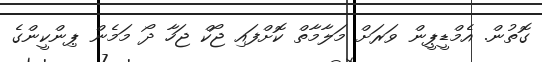
ގޮތުން. އެމްޑީޕީން ވަރަށް މަލާމާތް ކޮށްފައި ޖޯކް ޖަހާ ދޯ މަމެން ޕިންކީންގެ